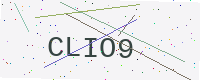
Text: CLIO9